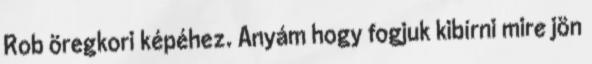
Rob öregkori képéhez. Anyám hogy fogjuk kibírni mire jön